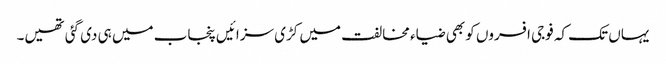
یہاں تک کہ فوجی افسروں کو بھی ضیاء مخالفت میں کڑی سزائیں پنجاب میں ہی دی گئی تھیں۔